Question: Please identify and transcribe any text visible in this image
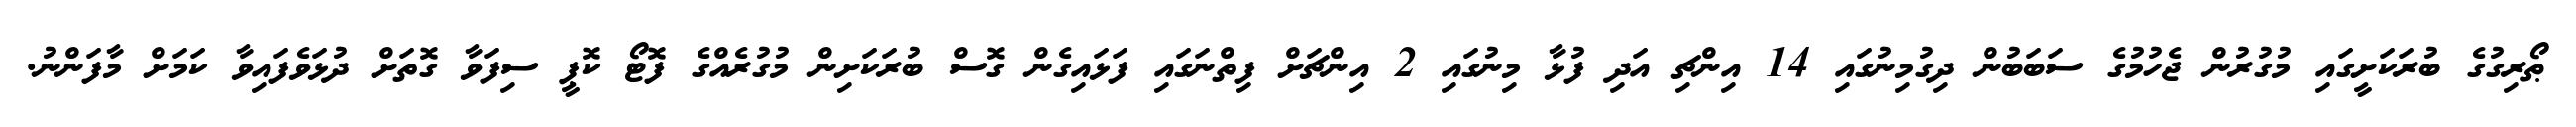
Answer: ޠޯރިގުގެ ބުރަކަށީގައި މުގުރުން ޖެހުމުގެ ސަބަބުން ދިގުމިނުގައި 14 އިންޗި އަދި ފުޅާ މިނުގައި 2 އިންޗަށް ފިތްނަގައި ފަޅައިގެން ގޮސް ބުރަކަށިން މުގުރެއްގެ ފޮޓޯ ކޮޕީ ސިފަވާ ގޮތަށް ދުޅަވެފައިވާ ކަމަށް މާފަންނު.